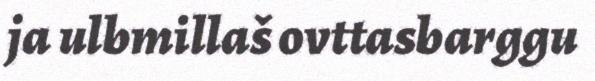
ja ulbmillaš ovttasbarggu